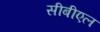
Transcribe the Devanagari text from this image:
सीबीएल